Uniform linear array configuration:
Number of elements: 64
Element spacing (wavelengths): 0.5
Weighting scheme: hamming
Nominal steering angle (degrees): -30
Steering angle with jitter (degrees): -29.22
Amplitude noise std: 0.05
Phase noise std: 0.05

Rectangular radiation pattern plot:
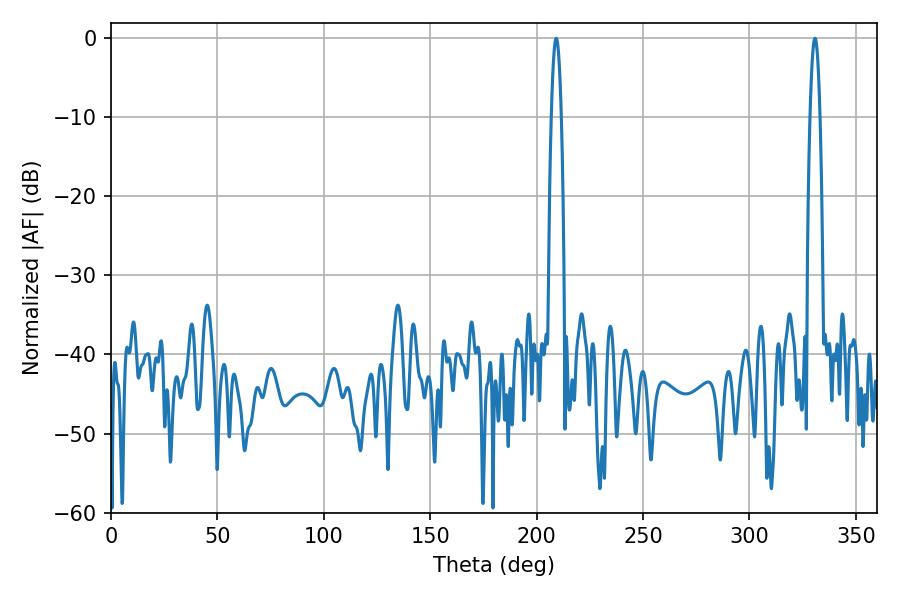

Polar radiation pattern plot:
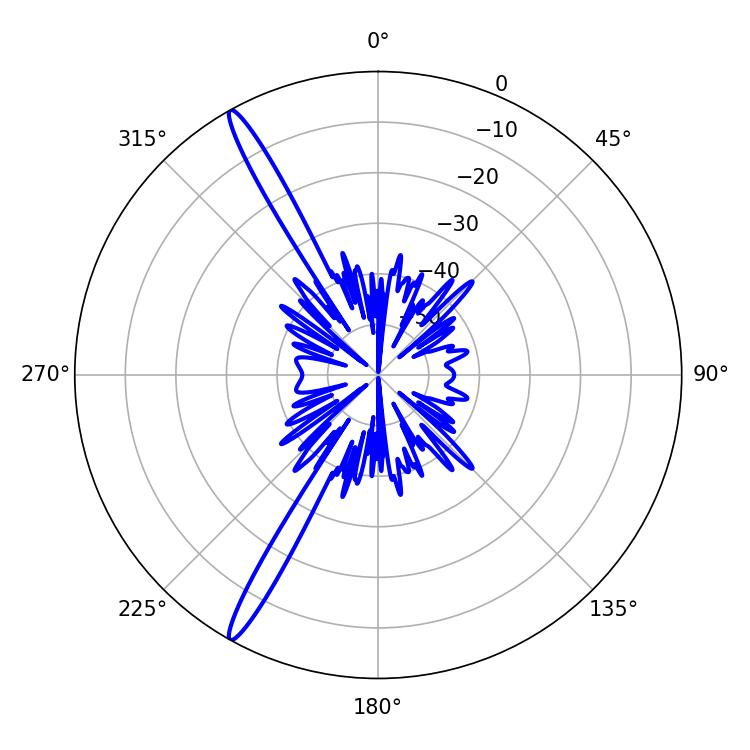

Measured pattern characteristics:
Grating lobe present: FALSE
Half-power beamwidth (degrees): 2.52
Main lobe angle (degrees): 209.16